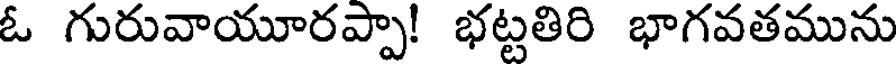
ఓ గురువాయూరప్పా! భట్టతిరి భాగవతమును